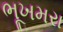
ભૂખમરા